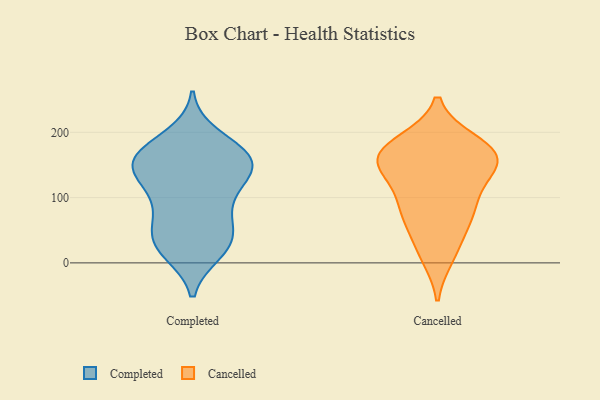
{"axis": {"x": "Shipments", "y": "Value"}, "legend": ["Cancelled", "Completed"], "data": [{"x": "", "y": 164, "type": "Completed"}, {"x": "", "y": 155, "type": "Completed"}, {"x": "", "y": 75, "type": "Completed"}, {"x": "", "y": 48, "type": "Completed"}, {"x": "", "y": 169, "type": "Completed"}, {"x": "", "y": 17, "type": "Completed"}, {"x": "", "y": 23, "type": "Completed"}, {"x": "", "y": 124, "type": "Completed"}, {"x": "", "y": 148, "type": "Completed"}, {"x": "", "y": 104, "type": "Completed"}, {"x": "", "y": 152, "type": "Completed"}, {"x": "", "y": 128, "type": "Completed"}, {"x": "", "y": 194, "type": "Completed"}, {"x": "", "y": 22, "type": "Completed"}, {"x": "", "y": 174, "type": "Completed"}, {"x": "", "y": 86, "type": "Completed"}, {"x": "", "y": 161, "type": "Completed"}, {"x": "", "y": 48, "type": "Completed"}, {"x": "", "y": 138, "type": "Completed"}, {"x": "", "y": 35, "type": "Completed"}, {"x": "", "y": 180, "type": "Cancelled"}, {"x": "", "y": 149, "type": "Cancelled"}, {"x": "", "y": 52, "type": "Cancelled"}, {"x": "", "y": 150, "type": "Cancelled"}, {"x": "", "y": 153, "type": "Cancelled"}, {"x": "", "y": 68, "type": "Cancelled"}, {"x": "", "y": 186, "type": "Cancelled"}, {"x": "", "y": 10, "type": "Cancelled"}, {"x": "", "y": 154, "type": "Cancelled"}, {"x": "", "y": 101, "type": "Cancelled"}, {"x": "", "y": 186, "type": "Cancelled"}, {"x": "", "y": 168, "type": "Cancelled"}, {"x": "", "y": 151, "type": "Cancelled"}, {"x": "", "y": 16, "type": "Cancelled"}, {"x": "", "y": 86, "type": "Cancelled"}, {"x": "", "y": 159, "type": "Cancelled"}, {"x": "", "y": 107, "type": "Cancelled"}, {"x": "", "y": 77, "type": "Cancelled"}]}